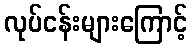
လုပ်ငန်းများကြောင့်